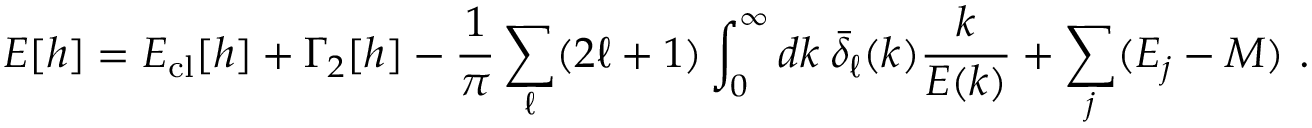
{ \cal E } [ h ] = { \cal E } _ { \mathrm { c l } } [ h ] + \Gamma _ { 2 } [ h ] - \frac { 1 } { \pi } \sum _ { \ell } ( 2 \ell + 1 ) \int _ { 0 } ^ { \infty } d k \: \bar { \delta } _ { \ell } ( k ) \frac { k } { E ( k ) } + \sum _ { j } ( E _ { j } - M ) \ .